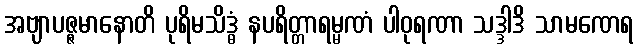
အဗျာပဇ္ဇမာနောတိ ပုရိမသိဒ္ဓံ နပရိတ္တာရမ္မဏံ ပါဝုရဏာ သဒ္ဒါဒိ သာမဏေရ